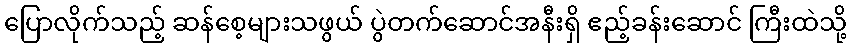
ပြောလိုက်သည့် ဆန်စေ့များသဖွယ် ပွဲတက်ဆောင်အနီးရှိ ဧည့်ခန်းဆောင် ကြီးထဲသို့